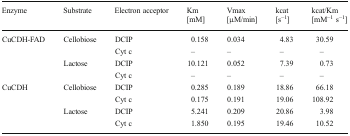
<table><thead><tr><td><b>Enzyme</b></td><td><b>Substrate</b></td><td><b>Electron acceptor</b></td><td><b>Km[mM]</b></td><td><b>Vmax[μM/min]</b></td><td><b>kcat[s<sup>−1</sup>]</b></td><td><b>kcat/Km[mM<sup>−1</sup> s<sup>−1</sup>]</b></td></tr></thead><tbody><tr><td rowspan="4">CuCDH-FAD</td><td rowspan="2">Cellobiose</td><td>DCIP</td><td>0.158</td><td>0.034</td><td>4.83</td><td>30.59</td></tr><tr><td>Cyt c</td><td>–</td><td>–</td><td>–</td><td>–</td></tr><tr><td rowspan="2">Lactose</td><td>DCIP</td><td>10.121</td><td>0.052</td><td>7.39</td><td>0.73</td></tr><tr><td>Cyt c</td><td>–</td><td>–</td><td>–</td><td>–</td></tr><tr><td rowspan="4">CuCDH</td><td rowspan="2">Cellobiose</td><td>DCIP</td><td>0.285</td><td>0.189</td><td>18.86</td><td>66.18</td></tr><tr><td>Cyt c</td><td>0.175</td><td>0.191</td><td>19.06</td><td>108.92</td></tr><tr><td rowspan="2">Lactose</td><td>DCIP</td><td>5.241</td><td>0.209</td><td>20.86</td><td>3.98</td></tr><tr><td>Cyt c</td><td>1.850</td><td>0.195</td><td>19.46</td><td>10.52</td></tr></tbody></table>